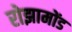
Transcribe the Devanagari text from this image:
रोझामोंड